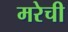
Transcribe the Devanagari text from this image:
मरेची